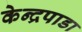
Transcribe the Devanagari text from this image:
केन्द्रपाडा